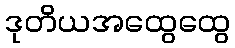
ဒုတိယအထွေထွေ